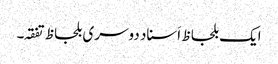
ایک بلحاظ اَسناد دوسری بلحاظ تفقہ۔